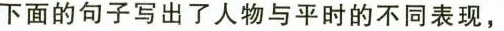
下面的句子写出了人物与平时的不同表现，